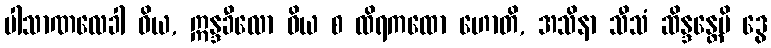
ပါသာဏလေခါ ဝိယ, ဣန္ဒခီလော ဝိယ စ ထိရကထော ဟောတိ, အသိနာ သီသံ ဆိန္ဒန္တေပိ ဒွေ